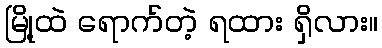
မြို့ထဲ ရောက်တဲ့ ရထား ရှိလား။